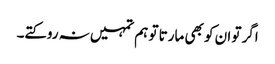
اگر تو ان کو بھی مارتا تو ہم تمہیں نہ روکتے۔